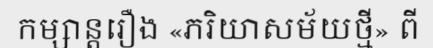
កម្សាន្តរឿង «ភរិយាសម័យថ្មី» ពី